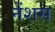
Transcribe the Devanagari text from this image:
नेंशस